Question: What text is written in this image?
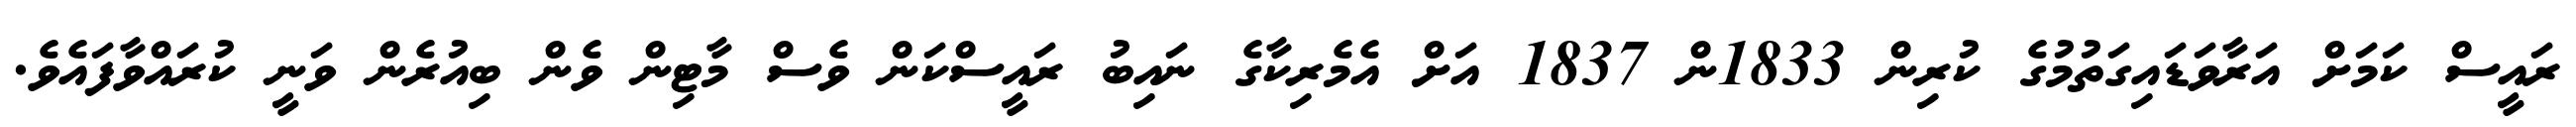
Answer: ރައީސް ކަމަށް އަރާވަޑައިގަތުމުގެ ކުރިން 1833ން 1837 އަށް އެމެރިކާގެ ނައިބު ރައީސްކަން ވެސް މާޓިން ވެން ބިއުރެން ވަނީ ކުރައްވާފައެވެ.